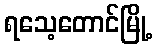
ရသေ့တောင်မြို့